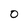
Character: 0